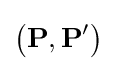
\left({\textbf {P}},{\textbf {P}}'\right)